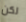
لكن